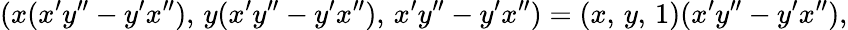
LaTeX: (x(x^{\prime}y^{\prime\prime}-y^{\prime}x^{\prime\prime}),\, y(x^{\prime}y^{\prime\prime}-y^{\prime}x^{\prime\prime}),\, x^{\prime}y^{\prime\prime}-y^{\prime}x^{\prime\prime})=(x,\, y,\, 1)(x^{\prime}y^{\prime\prime}-y^{\prime}x^{\prime\prime}),